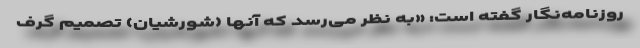
روزنامه‌نگار گفته است: «به نظر می‌رسد که آنها (شورشیان) تصمیم گرف